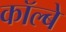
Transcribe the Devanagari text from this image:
कॉल्बे